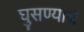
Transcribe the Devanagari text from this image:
घुसण्याचे